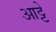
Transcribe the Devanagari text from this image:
आट्टे